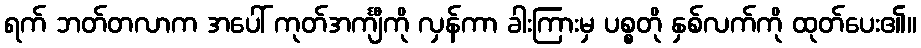
ရက် ဘတ်တလာက အပေါ် ကုတ်အင်္ကျီကို လှန်ကာ ခါးကြားမှ ပစ္စတို နှစ်လက်ကို ထုတ်ပေး၏။